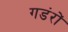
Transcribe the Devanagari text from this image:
गडंरों